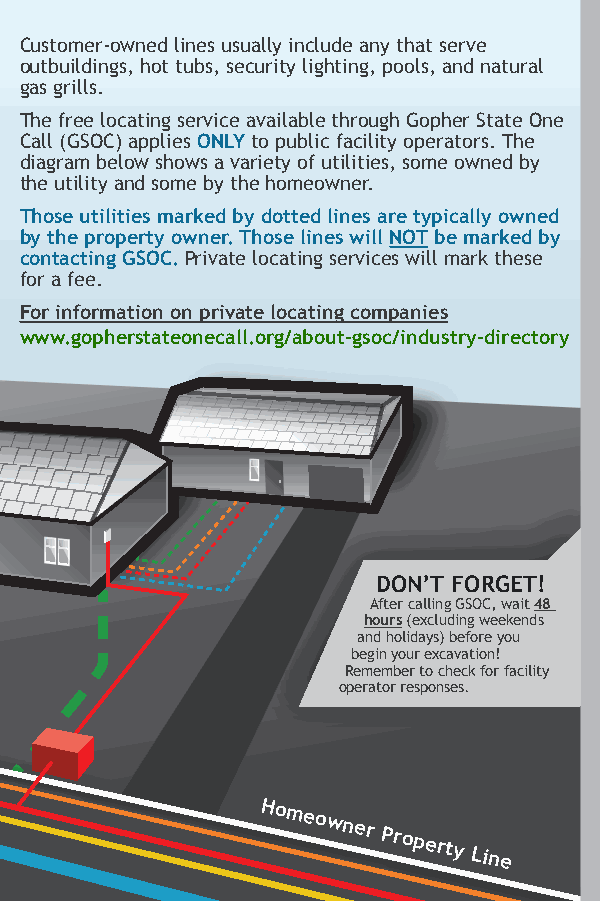
Customer-owned lines usually include any that serve
 outbuildings, hot tubs, security lighting, pools, and natural
 ELECTRIC gas grills.
 GAS, OIL, AND The free locating service available through Gopher State One
 PROPANE Call (GSOC) applies ONLY to public facility operators. The
 diagram below shows a variety of utilities, some owned by
 PHONE AND the utility and some by the homeowner.
 CABLE
 Those utilities marked by dotted lines are typically owned
 by the property owner. Those lines will NOT be marked by
 WATER
 contacting GSOC. Private locating services will mark these
 SEWER for a fee.
 For information on private locating companies
 www.gopherstateonecall.org/about-gsoc/industry-directory
 DON’T FORGET!
 After calling GSOC, wait 48
 hours (excluding weekends
 and holidays) before you
 begin your excavation!
 Remember to check for facility
 operator responses.
 Homeowner
 Property
 Line